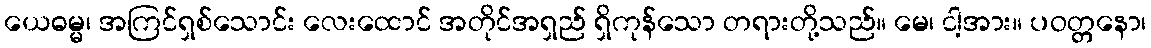
ယေဓမ္မ၊ အကြင်ရှစ်သောင်း လေးထောင် အတိုင်အရှည် ရှိကုန်သော တရားတို့သည်။ မေ၊ ငါ့အား။ ပဝတ္တနော၊